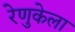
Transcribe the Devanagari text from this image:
रेणुकेला